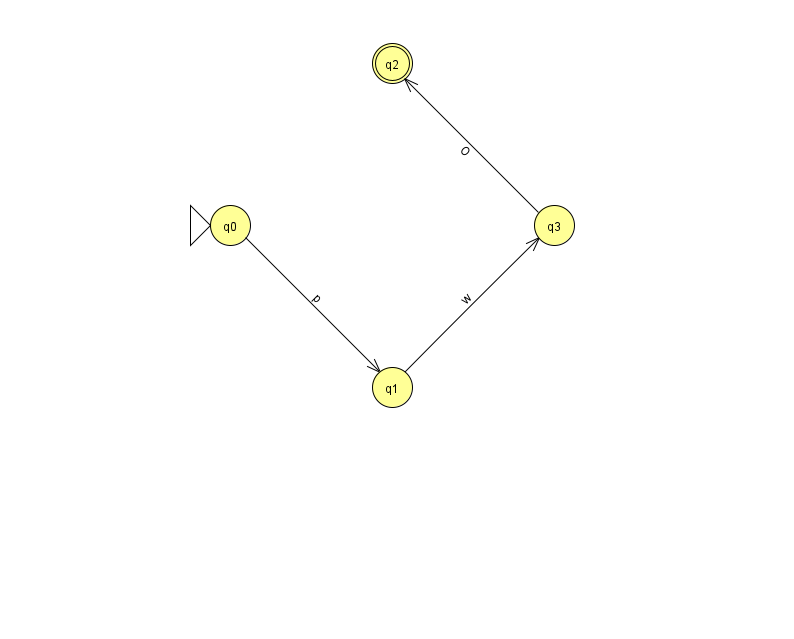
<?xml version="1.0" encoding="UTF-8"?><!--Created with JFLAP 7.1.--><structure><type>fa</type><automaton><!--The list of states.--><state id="0" name="q0"><x>230.0</x><y>212.0</y><initial/></state><state id="1" name="q1"><x>392.0</x><y>374.0</y></state><state id="2" name="q2"><x>392.0</x><y>50.0</y><final/></state><state id="3" name="q3"><x>554.0</x><y>212.0</y></state><!--The list of transitions.--><transition><from>1</from><to>3</to><read>w</read></transition><transition><from>0</from><to>1</to><read>p</read></transition><transition><from>3</from><to>2</to><read>O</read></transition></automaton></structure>